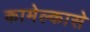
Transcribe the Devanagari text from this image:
कामेल्कासे